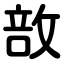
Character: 敨